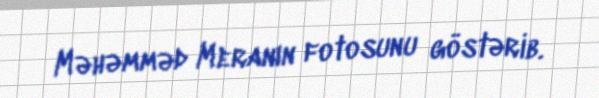
Məhəmməd Meranın fotosunu göstərib.